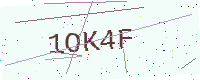
Text: 1OK4F